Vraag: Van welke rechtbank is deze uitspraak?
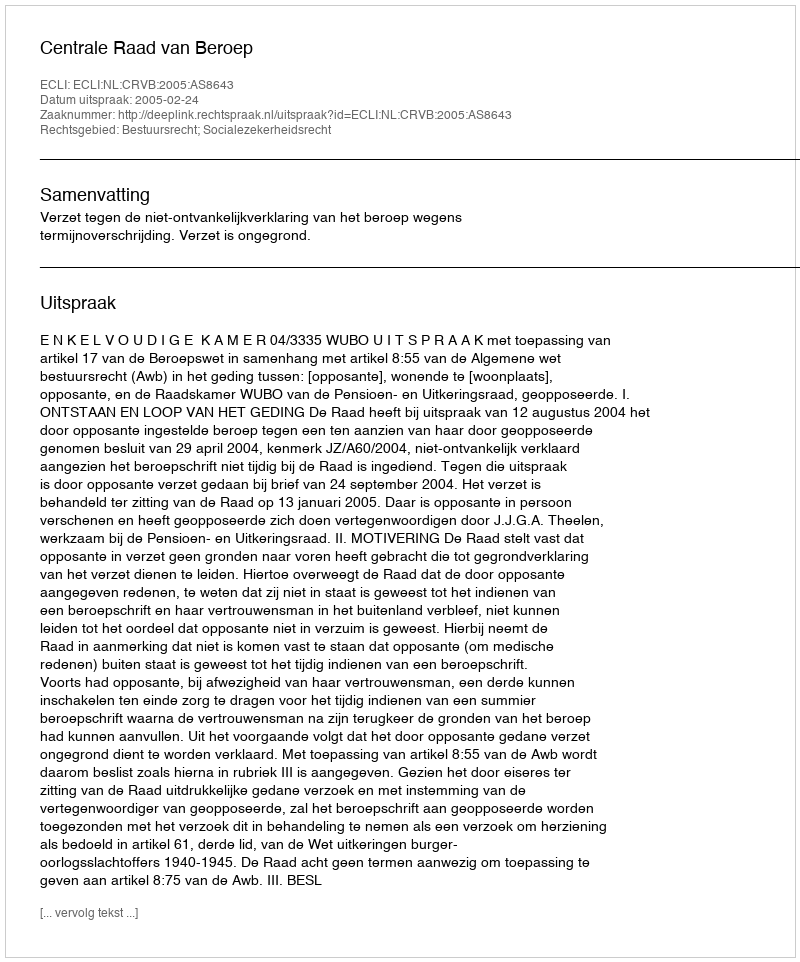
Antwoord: Centrale Raad van Beroep